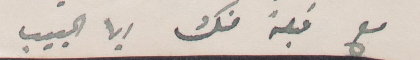
مع قبلة منك أيها الحبيب